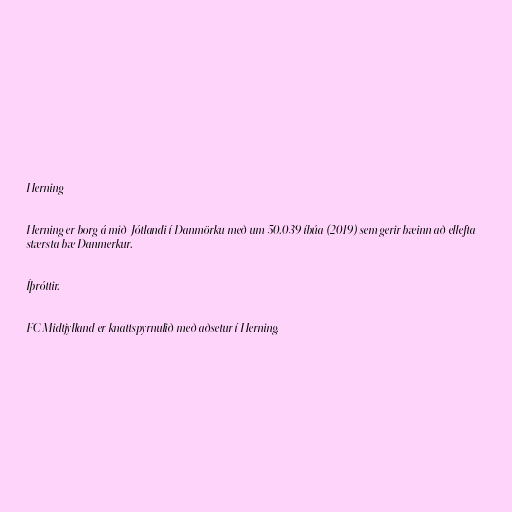
Herning

Herning er borg á mið-Jótlandi í Danmörku með um 50.039 íbúa (2019) sem gerir bæinn að ellefta
stærsta bæ Danmerkur.

Íþróttir.

FC Midtjylland er knattspyrnulið með aðsetur í Herning.